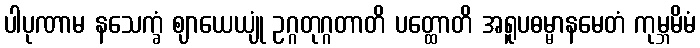
ပါပုဏာမ နသေက္ခံ ဈာယေယျုံ ဥဂ္ဂတုဂ္ဂတာတိ ပတ္ထောတိ အရူပဓမ္မာနမေတံ ကုမ္ဘမိမံ